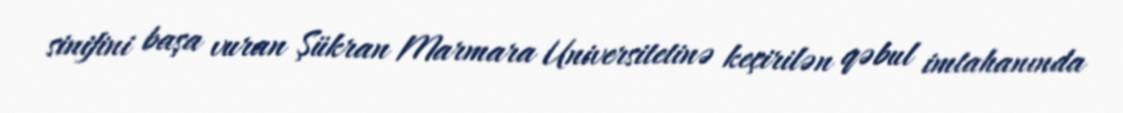
sinifini başa vuran Şükran Marmara Universitetinə keçirilən qəbul imtahanında